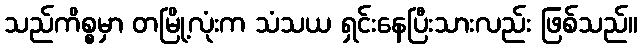
သည်ကိစ္စမှာ တမြို့လုံးက သံသယ ရှင်းနေပြီးသားလည်း ဖြစ်သည်။